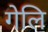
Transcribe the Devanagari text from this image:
गेलि